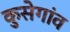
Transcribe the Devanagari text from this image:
कुसेगांव